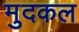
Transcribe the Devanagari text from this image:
मुदकल